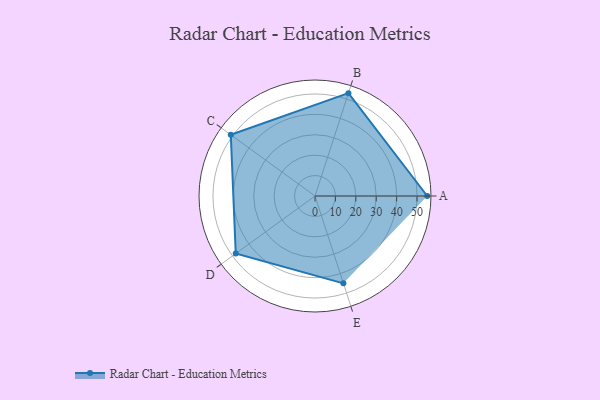
{"axis": {"x": "Skill", "y": "Score"}, "legend": ["Profile"], "data": [{"x": "A", "y": 55.0, "type": "Profile"}, {"x": "B", "y": 53.0, "type": "Profile"}, {"x": "C", "y": 51.0, "type": "Profile"}, {"x": "D", "y": 48.0, "type": "Profile"}, {"x": "E", "y": 45.0, "type": "Profile"}]}